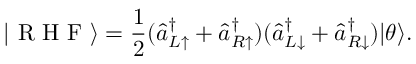
| \textrm { R H F } \rangle = \frac { 1 } { 2 } ( \hat { a } _ { L \uparrow } ^ { \dag } + \hat { a } _ { R \uparrow } ^ { \dag } ) ( \hat { a } _ { L \downarrow } ^ { \dag } + \hat { a } _ { R \downarrow } ^ { \dag } ) | \theta \rangle .